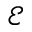
\mathscr { E }